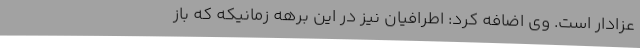
عزادار است. وی اضافه کرد: اطرافیان نیز در این برهه زمانیکه که باز